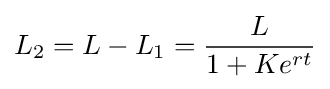
L_{2}=L-L_{1}={\frac {L}{1+Ke^{rt}}}